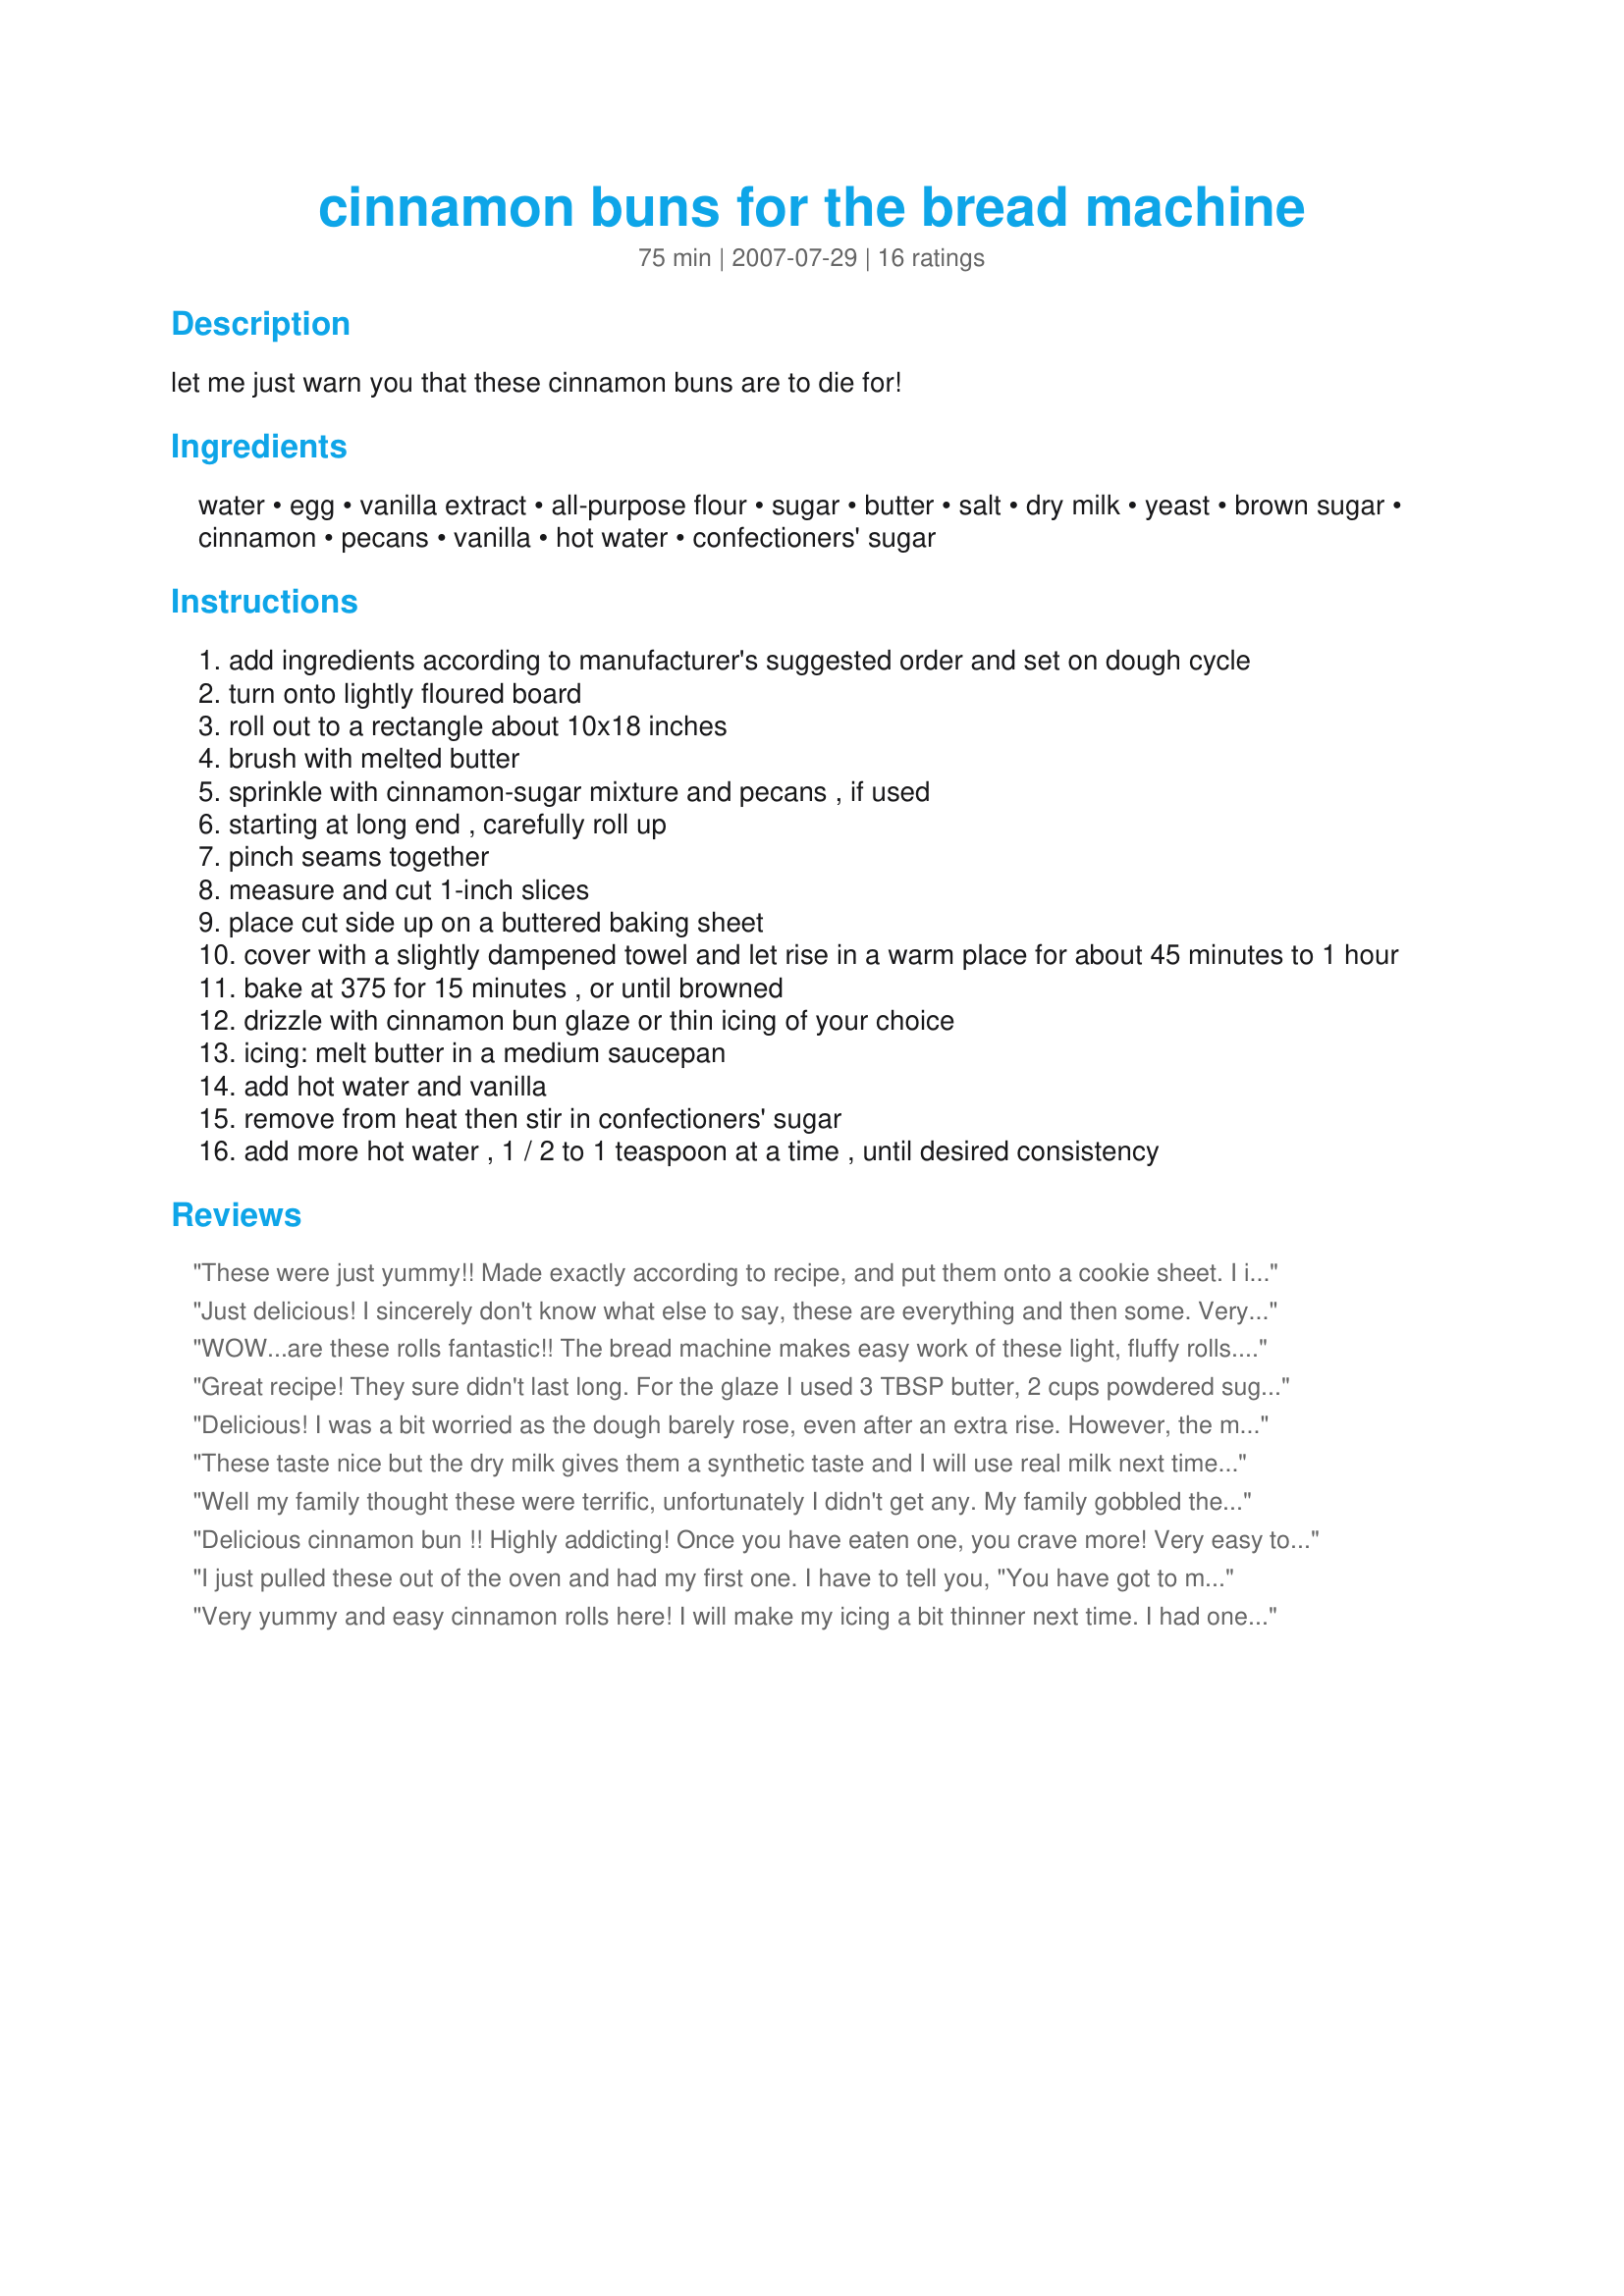
cinnamon buns for the bread machine
Preparation time: 75 minutes

let me just warn you that these cinnamon buns are to die for!

Ingredients:
water, egg, vanilla extract, all-purpose flour, sugar, butter, salt, dry milk, yeast, brown sugar, cinnamon, pecans, vanilla, hot water, confectioners' sugar

Steps:
add ingredients according to manufacturer's suggested order and set on dough cycle
turn onto lightly floured board
roll out to a rectangle about 10x18 inches
brush with melted butter
sprinkle with cinnamon-sugar mixture and pecans , if used
starting at long end , carefully roll up
pinch seams together
measure and cut 1-inch slices
place cut side up on a buttered baking sheet
cover with a slightly dampened towel and let rise in a warm place for about 45 minutes to 1 hour
bake at 375 for 15 minutes , or until browned
drizzle with cinnamon bun glaze or thin icing of your choice
icing: melt butter in a medium saucepan
add hot water and vanilla
remove from heat then stir in confectioners' sugar
add more hot water , 1 / 2 to 1 teaspoon at a time , until desired consistency

Reviews:
These were just yummy!! Made exactly according to recipe, and put them onto a cookie sheet. I iced them, and put half of them in the freezer -- to have these 'yummies' on hand. Will certainly make them again!
Just delicious! I sincerely don't know what else to say, these are everything and then some. Very easy to put together, the worst part is just smelling the powerful "come hither" aroma permeating from the oven. Followed this recipe exactly, the rising times were right on target as well. The ease of using the bread machine made this even easier to prepare, and made my day a better place. Thank you so much Lorrie! Will make this often.....:D
WOW...are these rolls fantastic!! The bread machine makes easy work of these light, fluffy rolls. I added pecans because my family loves them in cinnamon rolls. I made this recipe exactly as written, except I baked the rolls in a 9x13" pan instead of on a baking sheet. My family loved these and gave them 2 HUGE thumbs up. Thank you for sharing this fabulous recipe...it is definitely a keeper!!
Great recipe! They sure didn't last long. For the glaze I used 3 TBSP butter, 2 cups powdered sugar, 3 TBSP Milk and 1 TSP Vanilla...however I only used 1/2 the glaze and saved for the batch I was going to have to make in another hour. Still plenty sweet
Delicious! I was a bit worried as the dough barely rose, even after an extra rise. However, the majority of rising happened while in the oven. Instead of melted butter, I used soft butter and mixed it with the cinnamon and sugar, then spread this mixture on the dough. Very airy buns. I will certainly be making these again!
These taste nice but the dry milk gives them a synthetic taste and I will use real milk next time. I increased the baking time because when I checked them at 18 minutes they were still doughy in spots. I found the filling is too wet with all that butter, and the icing is too thin. This is a nice recipe to start with and customize.
Well my family thought these were terrific, unfortunately I didn't get any. My family gobbled these up too quickly. I had alot of fun making these. Didn't use any of the optional ingredients rolling them, though sprinkled the icing with crushed walnuts.
Delicious cinnamon bun !! Highly addicting! Once you have eaten one, you crave more! Very easy to make. I also used a 13x9 pan. I made 1/2 the icing recipe and found it to thicken and harden too fast before I was able to sprinkle chopped nuts on. Next time I will have to tweak the icing recipe. This recipe is a keeper in my family! Thank you !
I just pulled these out of the oven and had my first one. I have to tell you, "You have got to make these" They are AWESOME!!! It's one of those recipes that you can't imagine anyone not liking! I can't wait to have another one :) Thank you for sharing this recipe with us Lorrie! Linda
Very yummy and easy cinnamon rolls here! I will make my icing a bit thinner next time. I had one for dinner! (; Made for Photo Tag. Cheers, Lorrie.
Maybe these today and they were fantastic. They were taken out of the oven one minute and gone the next. Excellent cinnamon rolls.
These came out AMAZING! Quite possibly too good as they didn't last very long! I made these exactly as the recipe directed and will be making them many more times. Thank you for sharing!
SO YUMMY! i threw everything into my bread machine last night and set the timer so the dough would just be ready when i woke up. followed the recipe exactly. just fed them to my kids and two of their friends, all under four, they ate 8 all together!! so delicious, i'm thinking about making another batch during nap time! btw, thought the icing was a weird recipe, but PERFECT for cinnamon buns!! thanks again!!
Oh my...we have a 5*+++++ recipe here...these truely are TDF!!
These are the best darn sweet buns I have ever eaten!! The dough is soo easy to work, the end result is devine!!
I would only make 1/2 the icing next time as we like ours with only a drizzle of topping.
Thanks so much for sharing Lorrie!!
just made these and they are SSSSSOOOOOO good!! I made some from a different recipe a couple days ago and the dough was so hard. these ones are soft and fluffy, the icing was perfect to as I prefer a glaze type....a HUGE hit with the family
These came out very well, even though I left them in the oven a bit too long. I had a little trouble with the dough being a bit too sticky. I don't know if that was because the eggs I had were really big and maybe that meant there was a little too much liquid. Definitely will make them again though.
